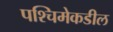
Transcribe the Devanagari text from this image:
पश्‍चिमेकडील